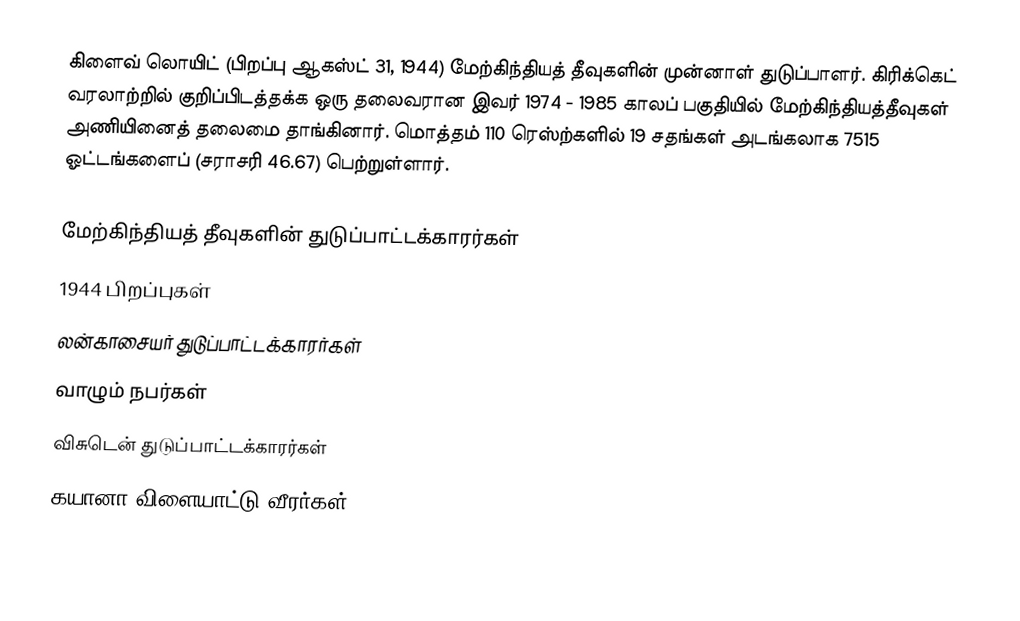
கிளைவ் லொயிட் (பிறப்பு ஆகஸ்ட் 31, 1944) மேற்கிந்தியத் தீவுகளின் முன்னாள் துடுப்பாளர். கிரிக்கெட் வரலாற்றில் குறிப்பிடத்தக்க ஒரு தலைவரான இவர் 1974 - 1985 காலப் பகுதியில் மேற்கிந்தியத்தீவுகள் அணியினைத் தலைமை தாங்கினார். மொத்தம் 110 ரெஸ்ற்களில் 19 சதங்கள் அடங்கலாக 7515 ஓட்டங்களைப் (சராசரி 46.67) பெற்றுள்ளார்.

மேற்கிந்தியத் தீவுகளின் துடுப்பாட்டக்காரர்கள்
1944 பிறப்புகள்
லன்காசையர் துடுப்பாட்டக்காரர்கள்
வாழும் நபர்கள்
விசுடென் துடுப்பாட்டக்காரர்கள்
கயானா விளையாட்டு வீரர்கள்